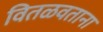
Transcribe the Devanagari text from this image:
वितळवताना